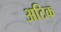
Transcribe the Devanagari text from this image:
अटिक